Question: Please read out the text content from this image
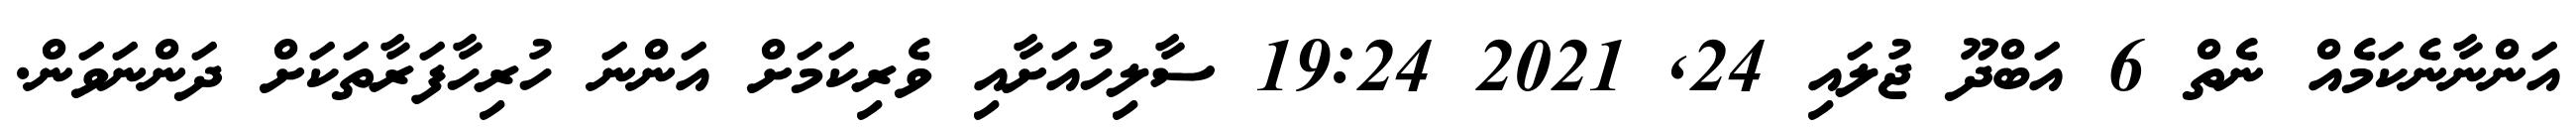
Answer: އަންނާނެކަމެއް ނެތް 6 އަބްދޫ ޖުލައި 24, 2021 19:24 ސާލިހުއަށާއި ވެރިކަމަށް އަންނަ ހުރިހާފަރާތަކަށް ދަންނަވަން.